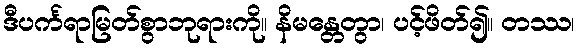
ဒီပင်္ကရာမြတ်စွာဘုရားကို။ နိမန္တေတွာ၊ ပင့်ဖိတ်၍။ တဿ၊